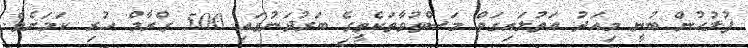
ފުލުހުން ބުނީ މިއަދު އަތުލައިގަތް މަސްތުވާތަކެތީގެ ބަރުދަނުގައި 500 ގްރާމް ހުރި ކަމަށެވެ.